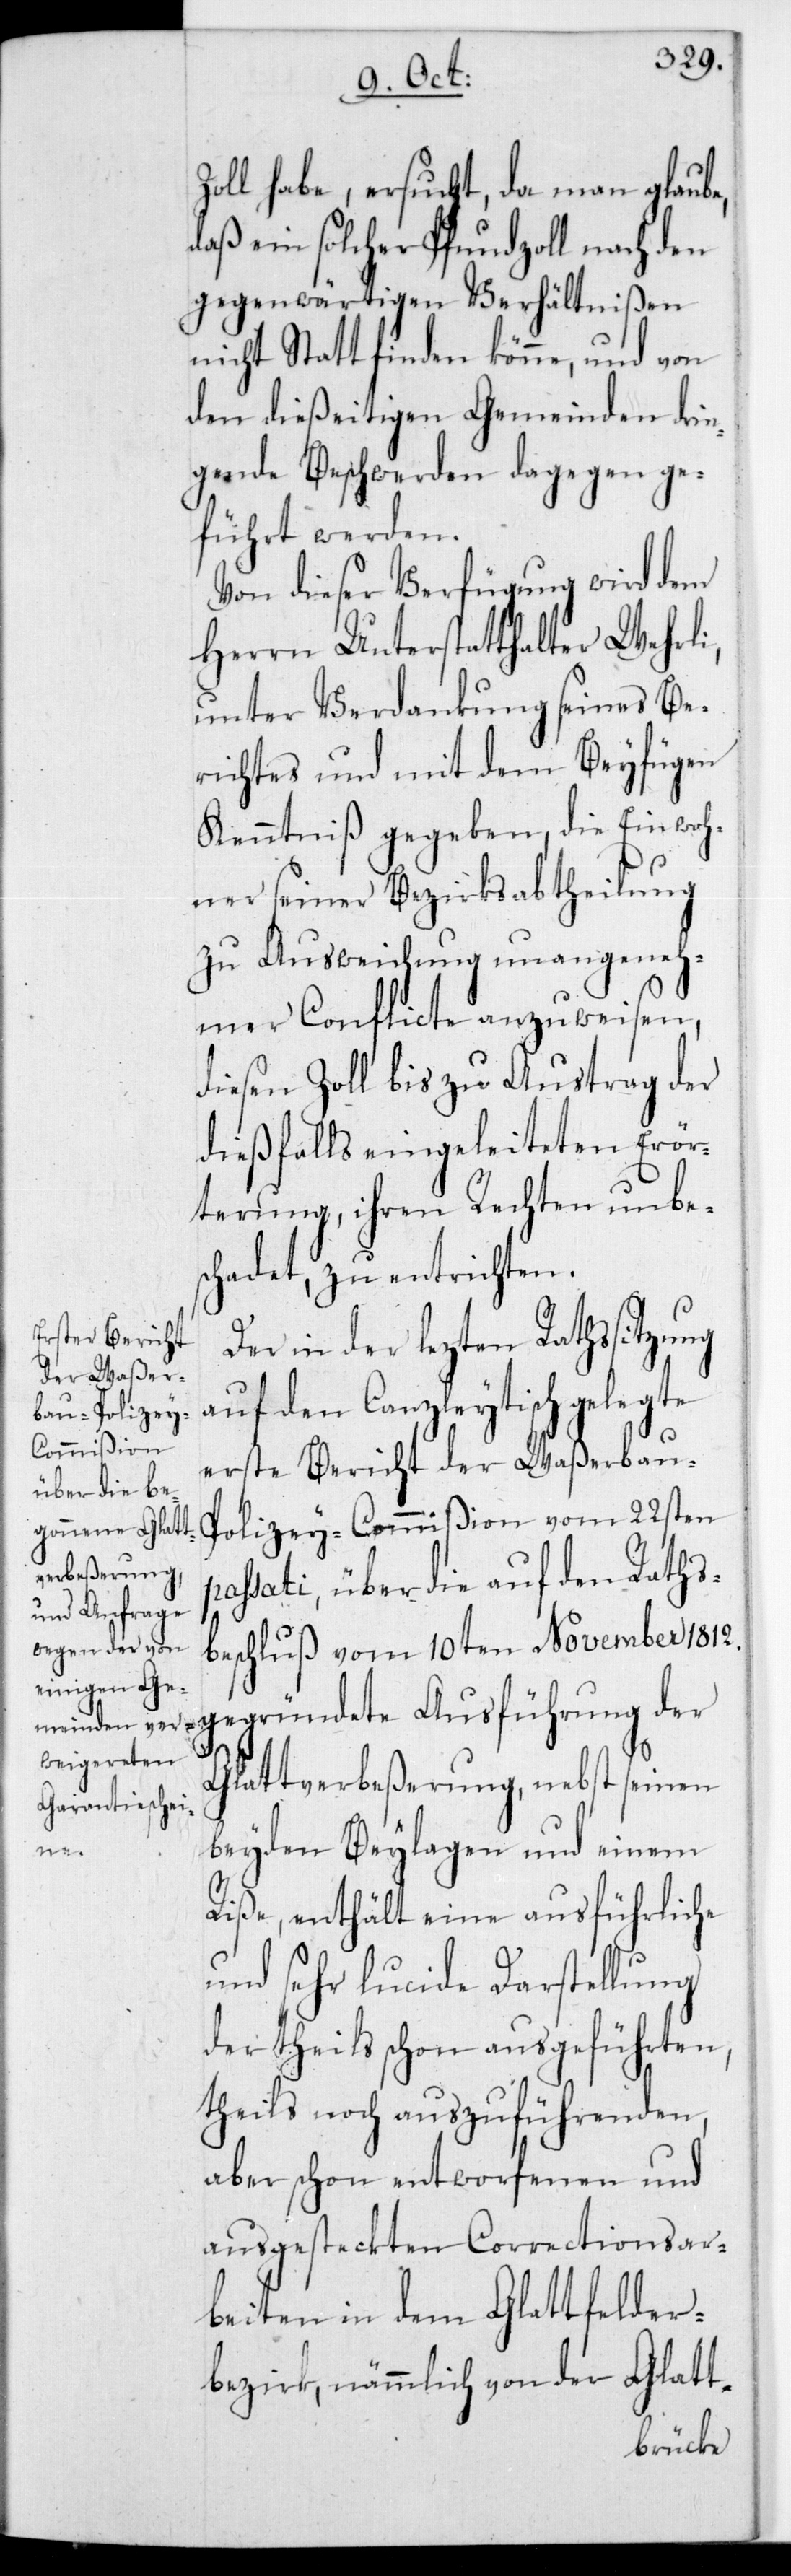
Zoll habe, ersucht, da man glaube,
daß ein solcher Pfundzoll nach den
gegenwärtigen Verhältnißen
nicht stattfinden könne, und von
den dießeitigen Gemeinden drin¬
gende Beschwerden dagegen ge¬
führt werden.
Von dieser Verfügung wird dem
Herrn Unterstatthalter Wehrli,
unter Verdankung seines Be¬
richtes und mit dem Beyfügen
Kenntniß gegeben, die Einwoh¬
ner seiner Bezirksabtheilung
zu Ausweichung unangeneh¬
mer Conflicte anzuweisen,
diesen Zoll bis zu Austrag der
dießfalls eingeleiteten Erör¬
terung, ihren Rechten unbe¬
schadet, zu entrichten.
Der in der lezten Rathssitzung
auf den Canzleytisch gelegte
erste Bericht der Waßerbau-P¬
olizey-Commißion vom 22sten
passati, über die auf den Raths¬
beschluß vom 10ten November 1812
Glattverbeßerung, nebst seinen
der
beyden Beylagen und einem
Riße, enthält eine ausführliche
und sehr lucide Darstellung
der theils schon ausgeführten,
theils noch auszuführenden,
aber schon entworfenen und
ausgesteckten Correctionsar¬
beiten in dem Glattfelder¬
bezirk, nämmlich von der Glatt-